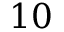
1 0